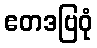
ဧတဒဗြဝုံ